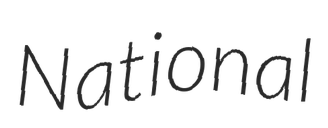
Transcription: National